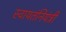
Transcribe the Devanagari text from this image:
स्वायतंनियंत्री